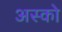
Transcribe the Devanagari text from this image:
अस्को